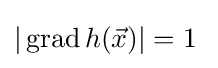
|\operatorname {grad} h({\vec {x}})|=1\;